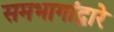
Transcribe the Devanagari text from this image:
समभागांद्वारे